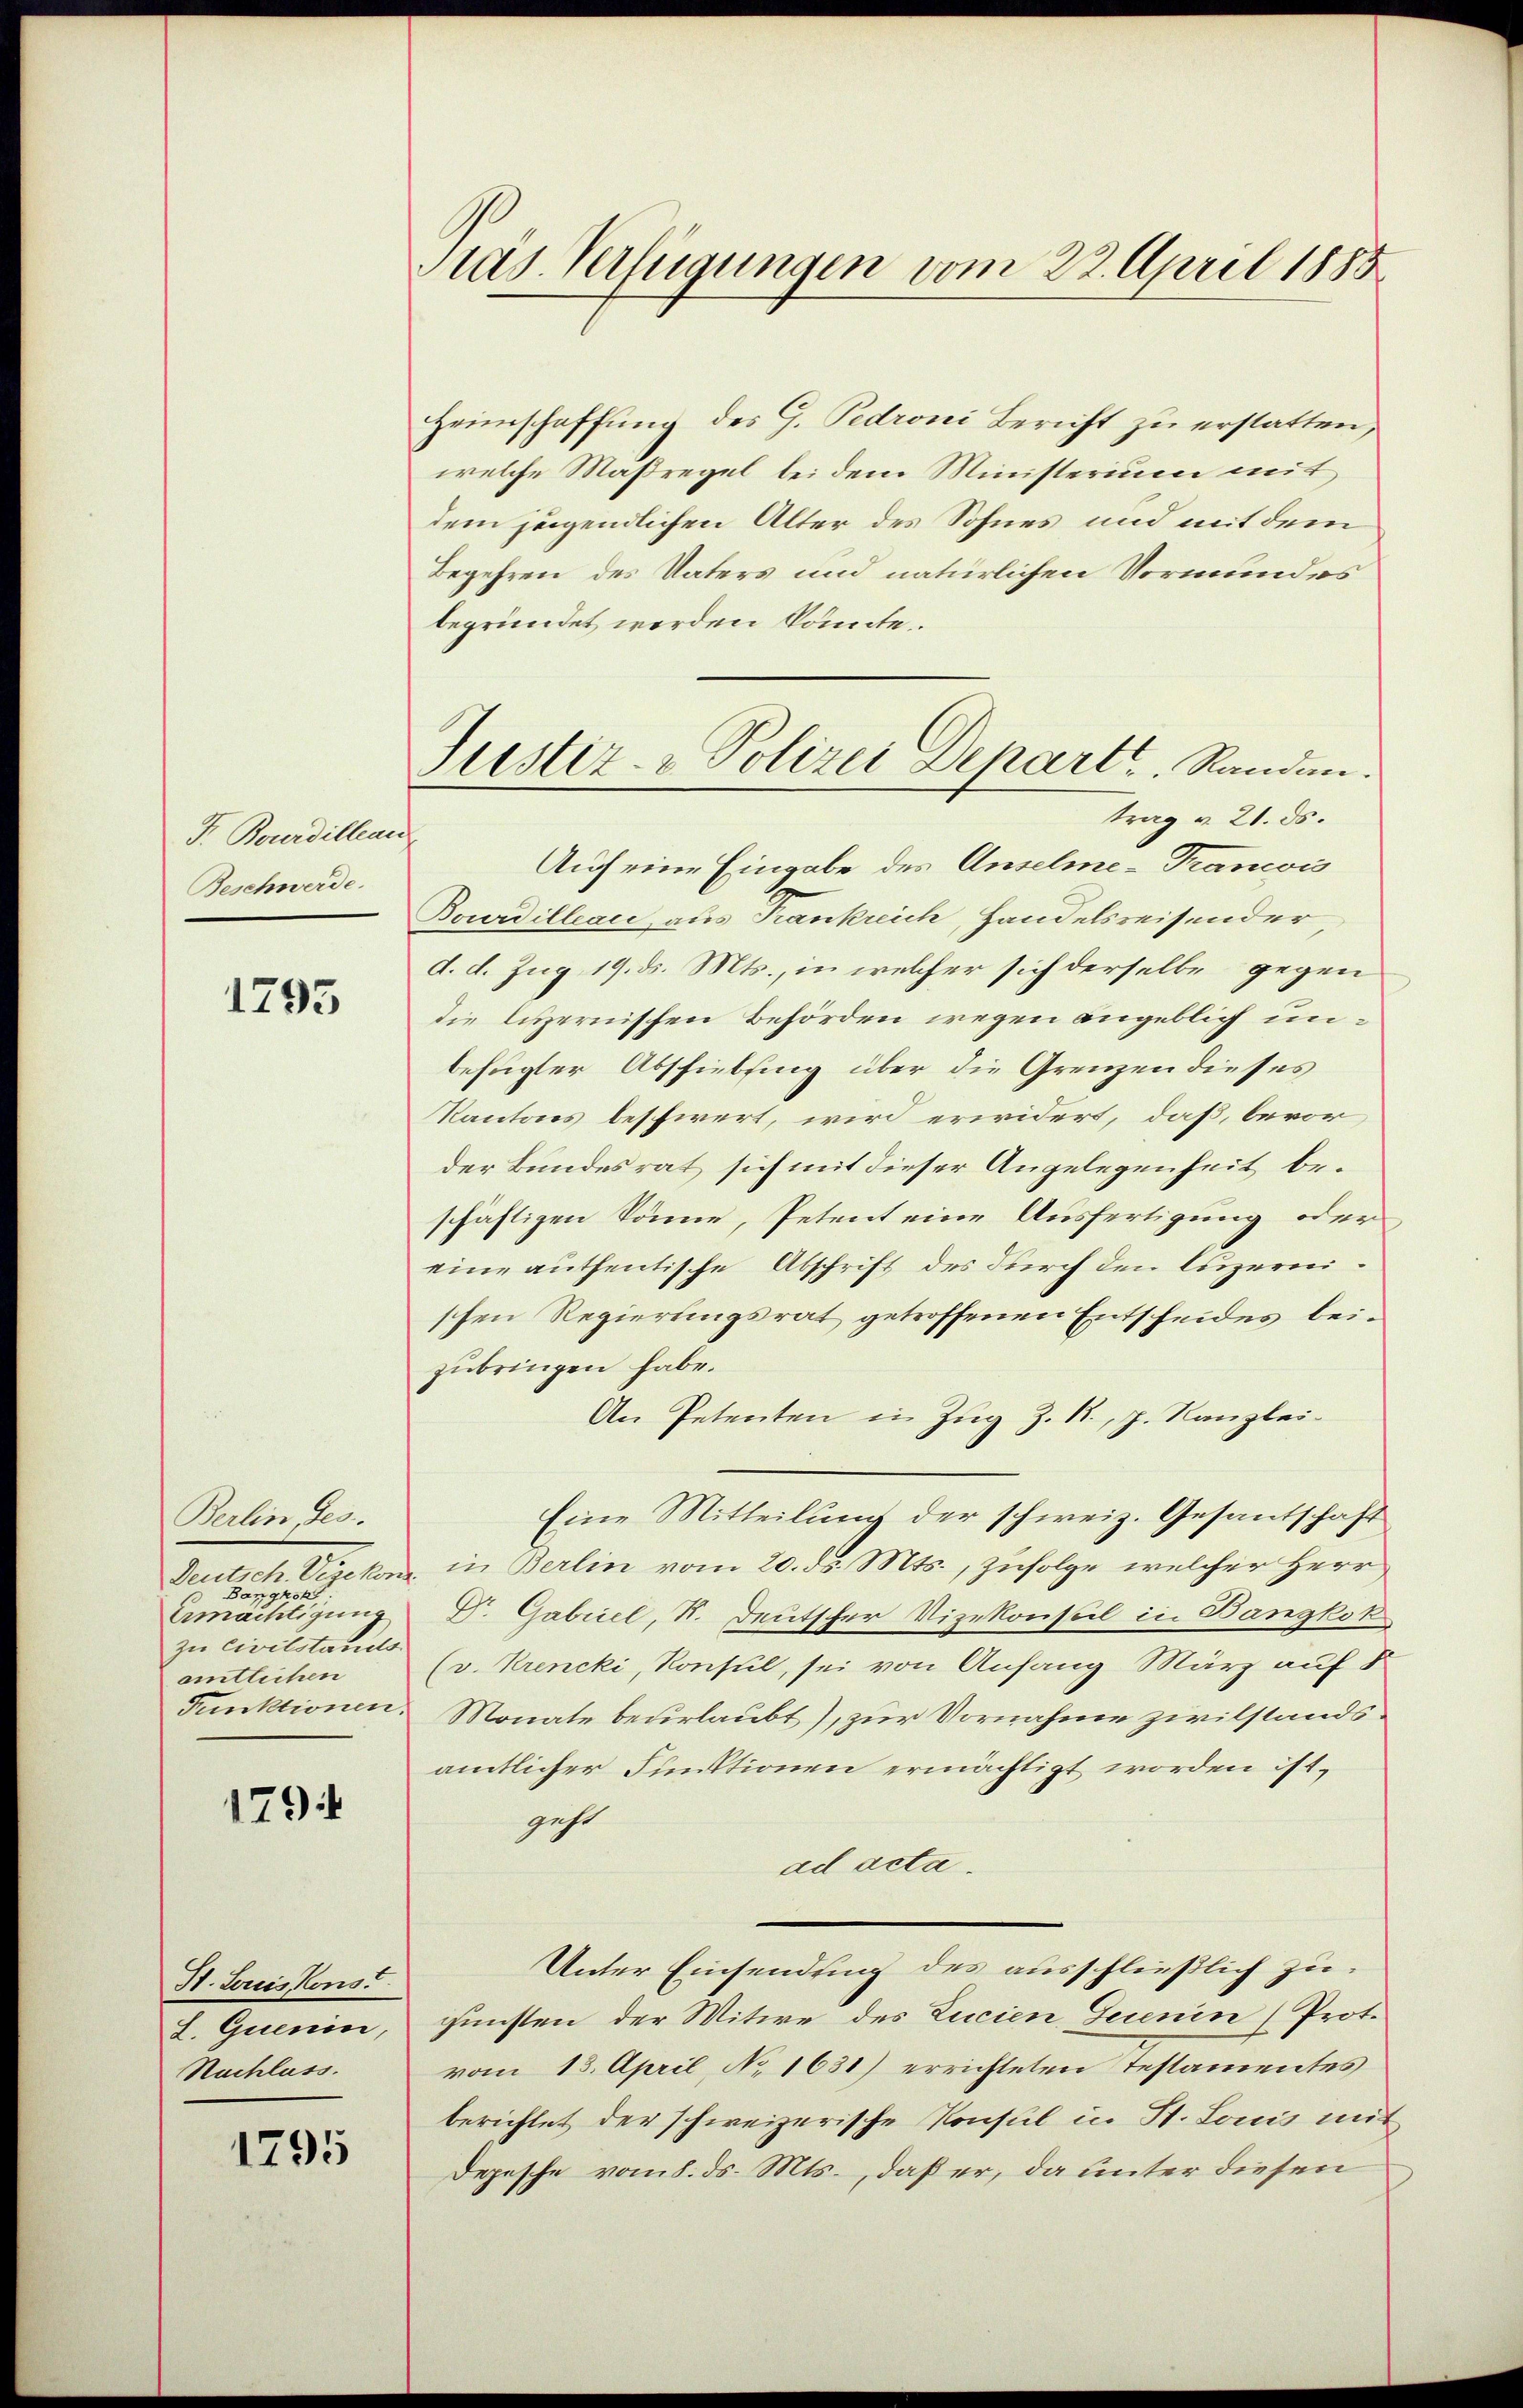
F. Bonerdillean
Beschwerde.

1795

Berlin Ges.
Deutsch. Vizekon
Bangkok
Ermächtigung
zu Civilstands
amtlichen
Funktionen.

179

H. Louis Kons
L. Quenen
Nachluss.

1795

Pras. Verfügungen vom 22. April 1885

Heimschaffung des G. Pedroni Bericht zu erstatten,
welche Maßregel bei dem Ministerium mit
dem jugendlichen Alter des Sohnes und mit dem
Begehren des Vaters und natürlichen Vormundes
begründet werden könnte.
trag v. 21. ds.
Auf eine Eingabe des Anselme-Trancois
Bourdilleau aus Frankreich, Handelsreisender,
d. d. Zug 19. ds. Mts., in welcher sich derselbe gegen
die luzernischen Behörden wegen angeblich unbefugter Abschiebsing über die Grenzen dieses
Kantons beschwert, wird erwidert, daß, bevorder Bundesrat sich mit dieser Angelegenheit beschäftigen könne, Petent eine Ausfertigung oder
eine authentische Abschrift des durch den luzernischen Regierungsrat getroffenen Entscheides beizubringen habe.
An Petenten in Zŭg Z. 1., J. Kanzlei-
Eine Mitteilung der schweiz. Gesantschaft
 in Berlin vom 20. ds. Mts., Zufolge welcher Herr
Gr. Gabriel, K. Deutscher Vizekonsul in Bangkok
(v. Krencki, Konsul, sei von Anfang März auf d
Monate beurlaubt), zur Vornahme zivilstandsamtlicher Funktionen ermächtigt worden ist,
geht
ad acta.
Unter Einsendung des ausschließlich zugunsten der Witwe des Zucien Geinin (Prot.
vom 13. April, No 1631) errichteten Testamentes
berichtet der schweizerische Konsul in St. Louis mit
Depesche vom 8. ds. Mts., daß er, da unter diesen

Justiz- & Polizei Depart. Randen.